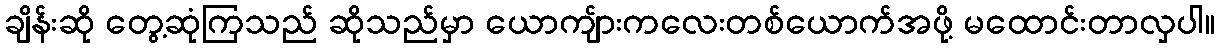
ချိန်းဆို တွေ့ဆုံကြသည် ဆိုသည်မှာ ယောကျ်ားကလေးတစ်ယောက်အဖို့ မထောင်းတာလှပါ။